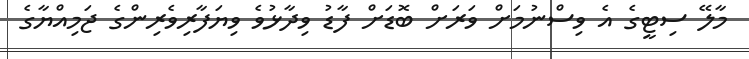
މާލޭ ސިޓީގެ އެ ވިސްނުމަށް ވަރަށް ބޮޑަށް ފާޑު ވިދާޅުވެ ވިޔަފާރިވެރިންގެ ޖަމިއްޔާގެ